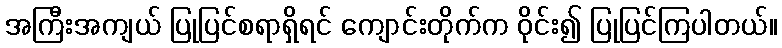
အကြီးအကျယ် ပြုပြင်စရာရှိရင် ကျောင်းတိုက်က ဝိုင်း၍ ပြုပြင်ကြပါတယ်။